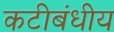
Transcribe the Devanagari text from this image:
कटीबंधीय